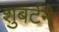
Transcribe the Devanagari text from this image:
शुबर्टने